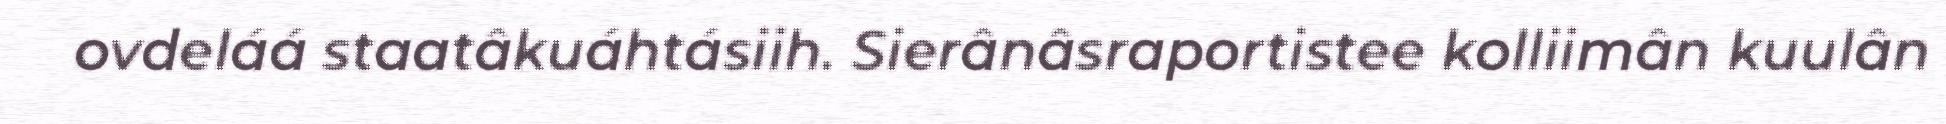
ovdeláá staatâkuáhtásiih. Sierânâsraportistee kolliimân kuulân